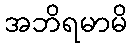
အဘိရမာမိ